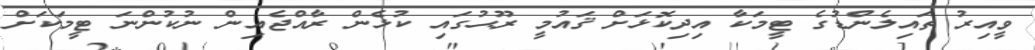
ވީއިރު ތައިލެންޑުގެ ޓީމަކާ އިދިކޮޅަށް ޤައުމީ ރޫޙުގައި ކުޅެން ރާއްޖެއިން ނުކުންނަ ޓީމަކަށް